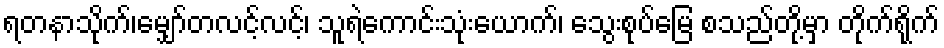
ရတနာသိုက်၊မျှော်တလင့်လင့်၊ သူရဲကောင်းသုံးယောက်၊ သွေးစုပ်မြေ စသည်တို့မှာ တိုက်ရိုက်